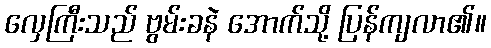
လှေကြီးသည် ဗွမ်းခနဲ အောက်သို့ ပြန်ကျလာ၏။